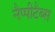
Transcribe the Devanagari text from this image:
नैप्पीटैब्स